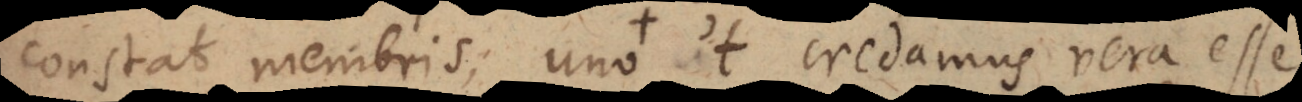
constat membris, uno ut credamus vera esse